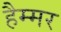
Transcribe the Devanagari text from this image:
हैम्मर